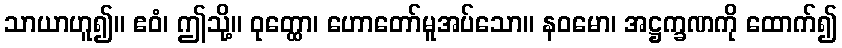
သာယာဟူ၍။ ဧဝံ၊ ဤသို့။ ဝုတ္ထော၊ ဟောတော်မူအပ်သော။ နဝမော၊ အဋ္ဌက္ခဏကို ထောက်၍